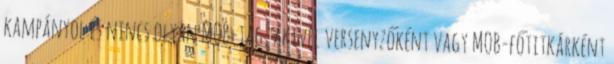
kampányol és nincs olyan MOB-tag, akivel versenyzőként vagy MOB-főtitkárként